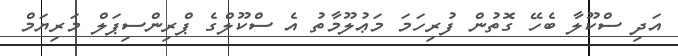
އަދި ސްކޫލާ ބެހޭ ގޮތުން ފުރިހަމަ މަޢުލޫމާތު އެ ސްކޫލްގެ ޕްރިންސިޕަލް މަރިޔަމް